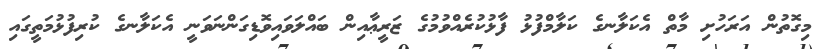
މިގޮތުން އަރަހުށި މާތް އެކަލާނގެ ކަލާމްފުޅު ފާޅުކުރެއްވުމުގެ ޒަރީޢާއިން ބައްލަވައިވޮޑިގަންނަވަނީ އެކަލާނގެ ކުރިފުޅުމަތީގައި